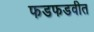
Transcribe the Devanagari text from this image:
फडफडवीत